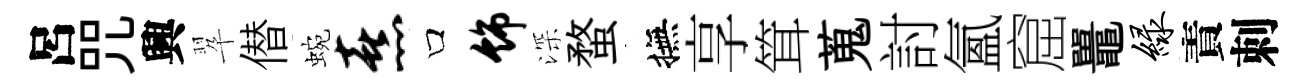
呂咒興翆僣蜿熹口饰深蝥撫享䇯蒐討氳窟鼉绿責刺